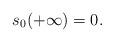
LaTeX: \begin{align*}s_{0}(+\infty )=0. \end{align*}